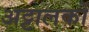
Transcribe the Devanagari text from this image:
अट्टालकों